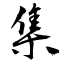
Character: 集